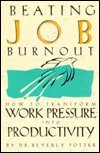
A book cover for Beating Job Burnout: How to Transform Work Pressure into Productivity; Beverly Potter; Business & Money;